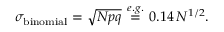
\sigma _ { \mathrm { b i n o m i a l } } = \sqrt { N p q } \overset { e . g . } { \ = \ } 0 . 1 4 \, N ^ { 1 / 2 } .